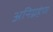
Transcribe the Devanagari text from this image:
अनिग्रहेण